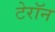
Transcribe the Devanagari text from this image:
टेरॉन